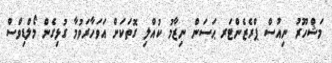
މަޝްހޫރު ނިއުސް ޕްރެޒެންޓަރ ޙަސަން ނިޒާމު ކުއްލި ގޮތަކަށް އަވަހާރަވުމާ ގުޅިގެން މޯލްޑިވްސް